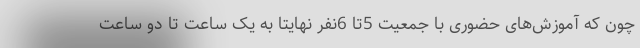
چون که آموزش‌های حضوری با جمعیت 5تا 6نفر نهایتا به یک ساعت تا دو ساعت